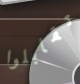
تقابلوا